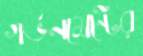
গর্ভনমেন্টের